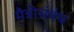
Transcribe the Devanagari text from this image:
मैत्रीसंबंध